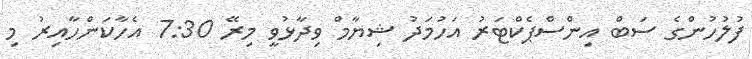
ފުލުހުންގެ ސަބް އިންސްޕެކްޓަރު އަހުމަދު ޝިޔާމް ވިދާޅުވީ މިރޭ 7:30 އެހާކަންހާއިރު މި